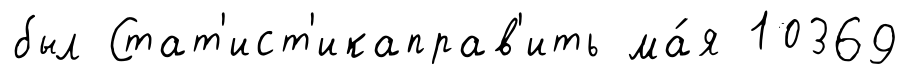
был Стат'ист'икаправ'ить ма́я 10369